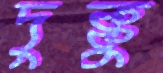
দুক্কু